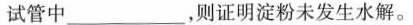
试管中___，则证明淀粉未发生水解